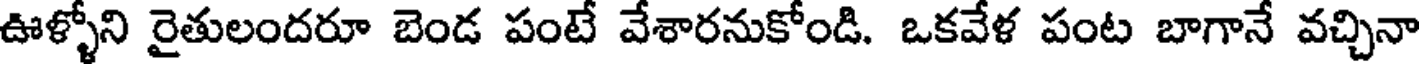
ఊళ్ళోని రైతులందరూ బెండ పంటే వేశారనుకోండి. ఒకవేళ పంట బాగానే వచ్చినా